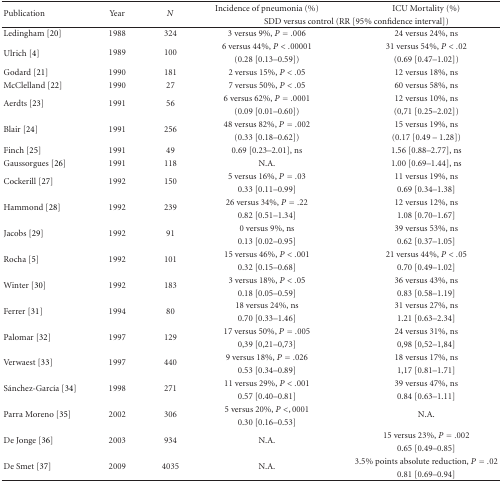
<table><thead><tr><td rowspan="2"><b>Publication</b></td><td rowspan="2"><b>Year</b></td><td rowspan="2"><b><i>N</i></b></td><td><b>Incidence of pneumonia (%)</b></td><td><b>ICU Mortality (%)</b></td></tr><tr><td colspan="2"><b>SDD versus control (RR [95% confidence interval])</b></td></tr></thead><tbody><tr><td>Ledingham [20]</td><td>1988</td><td>324</td><td>3 versus 9%, <i>P</i> = .006</td><td>24 versus 24%, ns</td></tr><tr><td rowspan="2">Ulrich [4]</td><td>1989</td><td>100</td><td>6 versus 44%, <i>P</i> &lt; .00001</td><td>31 versus 54%, <i>P</i> &lt; .02</td></tr><tr><td></td><td></td><td>(0.28 [0.13–0.59])</td><td>(0.69 [0.47–1.02])</td></tr><tr><td>Godard [21]</td><td>1990</td><td>181</td><td>2 versus 15%, <i>P</i> &lt; .05</td><td>12 versus 18%, ns</td></tr><tr><td>McClelland [22]</td><td>1990</td><td>27</td><td>7 versus 50%, <i>P</i> &lt; .05</td><td>60 versus 58%, ns</td></tr><tr><td rowspan="2">Aerdts [23]</td><td rowspan="2">1991</td><td rowspan="2">56</td><td>6 versus 62%, <i>P</i> = .0001</td><td>12 versus 10%, ns</td></tr><tr><td>(0.09 [0.01–0.60])</td><td>(0,71 [0.25–2.02])</td></tr><tr><td rowspan="2">Blair [24]</td><td rowspan="2">1991</td><td rowspan="2">256</td><td>48 versus 82%, <i>P</i> = .002</td><td>15 versus 19%, ns</td></tr><tr><td>(0.33 [0.18–0.62])</td><td>(0.17 [0.49 – 1.28])</td></tr><tr><td>Finch [25]</td><td>1991</td><td>49</td><td>0.69 [0.23–2.01], ns</td><td>1.56 [0.88–2.77], ns</td></tr><tr><td>Gaussorgues [26]</td><td>1991</td><td>118</td><td>N.A.</td><td>1.00 [0.69–1.44], ns</td></tr><tr><td rowspan="2">Cockerill [27]</td><td rowspan="2">1992</td><td rowspan="2">150</td><td>5 versus 16%, <i>P</i> = .03</td><td>11 versus 19%, ns</td></tr><tr><td>0.33 [0.11–0.99]</td><td>0.69 [0.34–1.38]</td></tr><tr><td rowspan="2">Hammond [28]</td><td rowspan="2">1992</td><td rowspan="2">239</td><td>26 versus 34%, <i>P</i> = .22</td><td>12 versus 12%, ns</td></tr><tr><td>0.82 [0.51–1.34]</td><td>1.08 [0.70–1.67]</td></tr><tr><td rowspan="2">Jacobs [29]</td><td rowspan="2">1992</td><td rowspan="2">91</td><td>0 versus 9%, ns</td><td>39 versus 53%, ns</td></tr><tr><td>0.13 [0.02–0.95]</td><td>0.62 [0.37–1.05]</td></tr><tr><td rowspan="2">Rocha [5]</td><td rowspan="2">1992</td><td rowspan="2">101</td><td>15 versus 46%, <i>P</i> &lt; .001</td><td>21 versus 44%, <i>P</i> &lt; .05</td></tr><tr><td>0.32 [0.15–0.68]</td><td>0.70 [0.49–1.02]</td></tr><tr><td rowspan="2">Winter [30]</td><td rowspan="2">1992</td><td rowspan="2">183</td><td>3 versus 18%, <i>P</i> &lt; .05</td><td>36 versus 43%, ns</td></tr><tr><td>0.18 [0.05–0.59]</td><td>0.83 [0.58–1.19]</td></tr><tr><td rowspan="2">Ferrer [31]</td><td rowspan="2">1994</td><td rowspan="2">80</td><td>18 versus 24%, ns</td><td>31 versus 27%, ns</td></tr><tr><td>0.70 [0.33–1.46]</td><td>1.21 [0.63–2.34]</td></tr><tr><td rowspan="2">Palomar [32]</td><td rowspan="2">1997</td><td rowspan="2">129</td><td>17 versus 50%, <i>P</i> = .005</td><td>24 versus 31%, ns</td></tr><tr><td>0,39 [0,21–0,73]</td><td>0,98 [0,52–1,84]</td></tr><tr><td rowspan="2">Verwaest [33]</td><td rowspan="2">1997</td><td rowspan="2">440</td><td>9 versus 18%, <i>P</i> = .026</td><td>18 versus 17%, ns</td></tr><tr><td>0.53 [0.34–0.89]</td><td>1,17 [0.81–1.71]</td></tr><tr><td rowspan="2">Sánchez-García [34]</td><td rowspan="2">1998</td><td rowspan="2">271</td><td>11 versus 29%, <i>P</i> &lt; .001</td><td>39 versus 47%, ns</td></tr><tr><td>0.57 [0.40–0.81]</td><td>0.84 [0.63–1.11]</td></tr><tr><td rowspan="2">Parra Moreno [35]</td><td rowspan="2">2002</td><td rowspan="2">306</td><td>5 versus 20%, <i>P</i> &lt; , 0001</td><td rowspan="2">N.A.</td></tr><tr><td>0.30 [0.16–0.53]</td></tr><tr><td rowspan="2">De Jonge [36]</td><td rowspan="2">2003</td><td rowspan="2">934</td><td rowspan="2">N.A.</td><td>15 versus 23%, <i>P</i> = .002</td></tr><tr><td>0.65 [0.49–0.85]</td></tr><tr><td rowspan="2">De Smet [37]</td><td rowspan="2">2009</td><td rowspan="2">4035</td><td rowspan="2">N.A.</td><td>3.5% points absolute reduction, <i>P</i> = .02</td></tr><tr><td>0.81 [0.69–0.94]</td></tr></tbody></table>